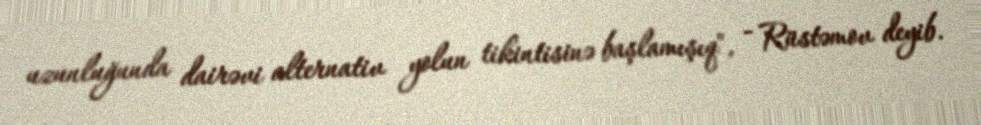
uzunluğunda dairəvi alternativ yolun tikintisinə başlamışıq", - Rüstəmov deyib.